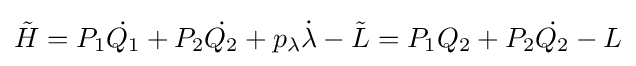
{\tilde {H}}=P_{1}{\dot {Q_{1}}}+P_{2}{\dot {Q_{2}}}+p_{\lambda }{\dot {\lambda }}-{\tilde {L}}=P_{1}Q_{2}+P_{2}{\dot {Q_{2}}}-{L}